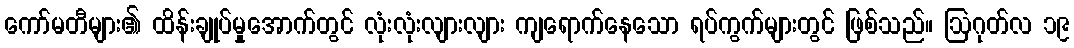
ကော်မတီများ၏ ထိန်းချုပ်မှုအောက်တွင် လုံးလုံးလျားလျား ကျရောက်နေသော ရပ်ကွက်များတွင် ဖြစ်သည်။ ဩဂုတ်လ ၁၉